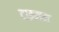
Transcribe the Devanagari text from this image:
टाइनन